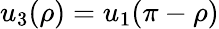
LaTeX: u_{3}(\rho)=u_{1}(\pi-\rho)